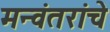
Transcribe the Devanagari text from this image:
मन्वंतरांचे